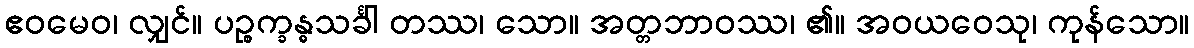
ဧဝမေဝ၊ လျှင်။ ပဉ္စက္ခန္ဓသင်္ခါ တဿ၊ သော။ အတ္တဘာဝဿ၊ ၏။ အဝယဝေသု၊ ကုန်သော။